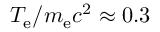
T _ { \mathrm { e } } / m _ { \mathrm { e } } c ^ { 2 } \approx 0 . 3